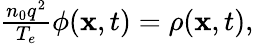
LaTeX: \begin{array}{r}{\frac{n_{0}q^{2}}{T_{e}}\phi(\mathbf{x},t)=\rho(\mathbf{x},t),}\end{array}